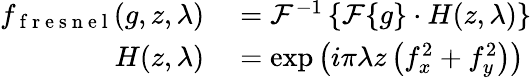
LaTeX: \begin{array}{rl}{f_{\mathrm{~f~r~e~s~n~e~l~}}(g,z,\lambda)}&{{}=\mathcal{F}^{-1}\left\{ \mathcal{F}\{ g\} \cdot H(z,\lambda)\right\} }\\ {H(z,\lambda)}&{{}=\exp\left(i\pi\lambda z\left(f_{x}^{2}+f_{y}^{2}\right)\right)}\end{array}